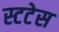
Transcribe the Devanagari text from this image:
स्टटेस